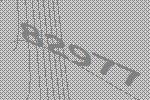
82977